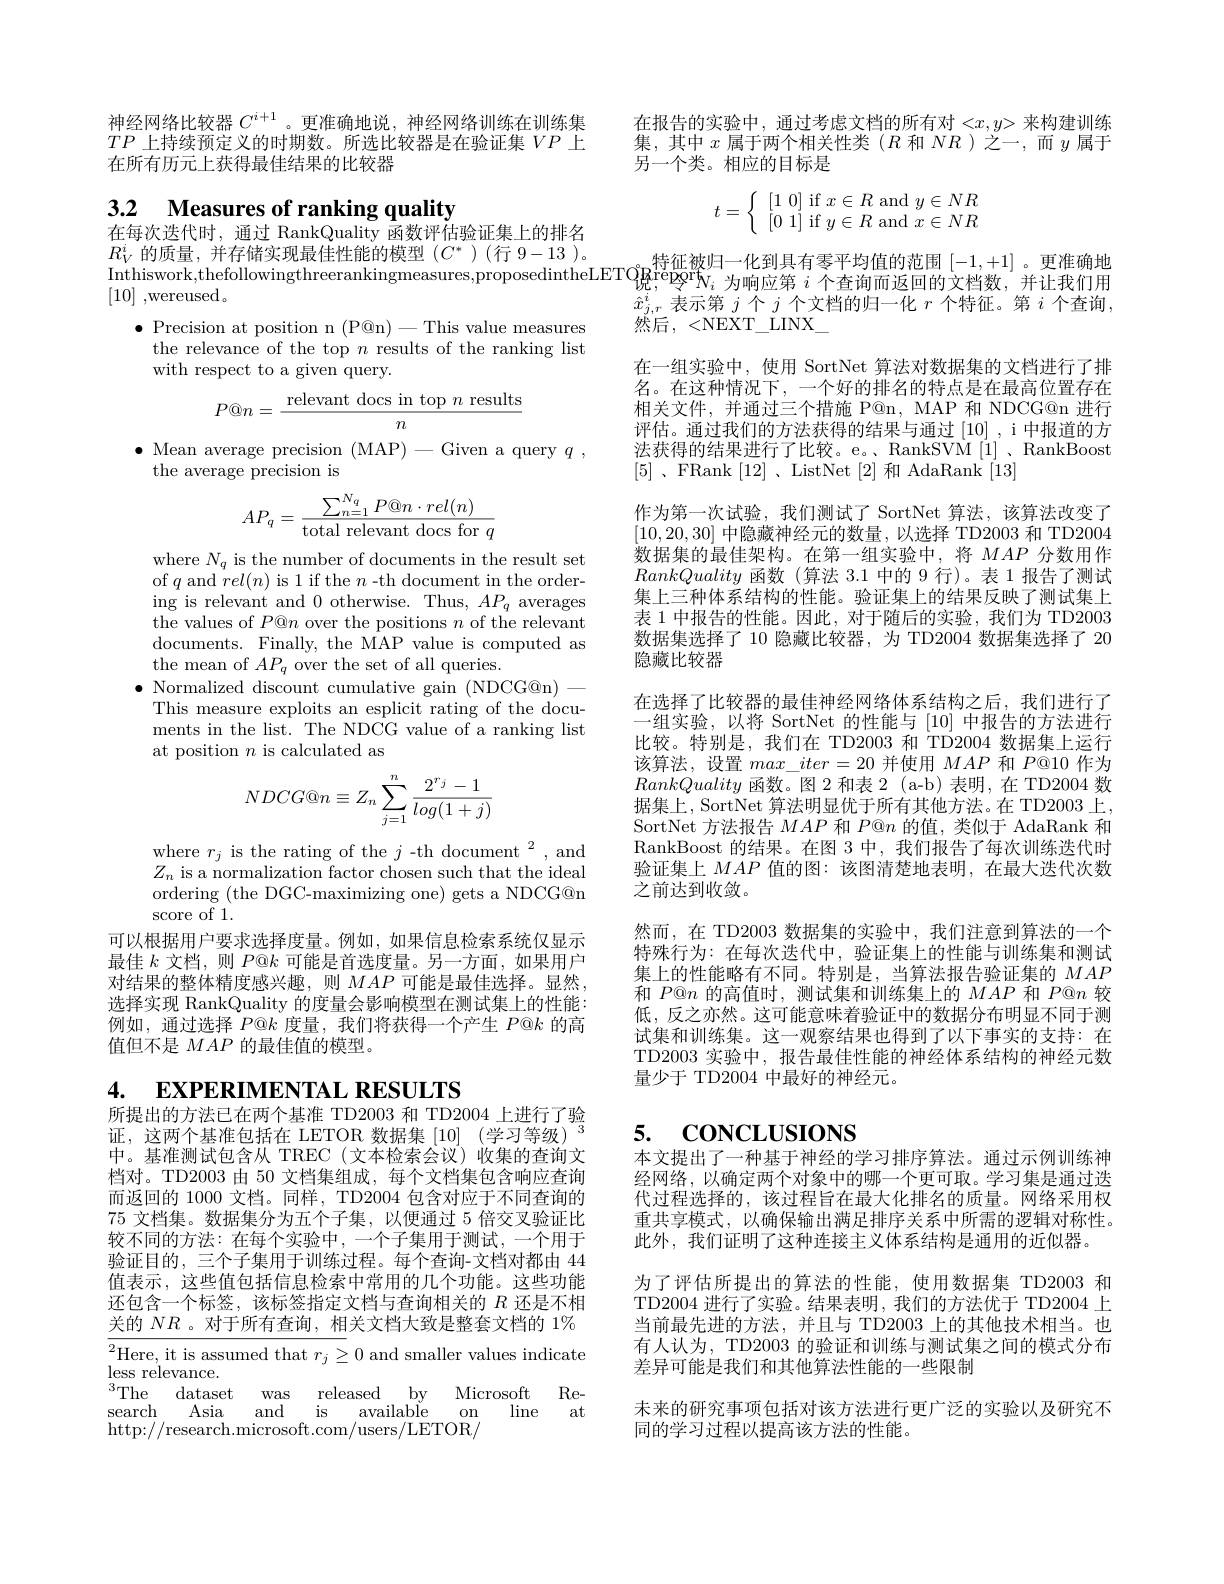
神经网络比较器$C^{i+1}$ 。更准确地说，神经网络训练在训练集$TP$上持续预定义的时期数。所选比较器是在验证集$VP$上在所有历元上获得最佳结果的比较器

3.2 Measures of ranking quality

在每次迭代时，通过 RankQuality 函数评估验证集上的排名

$\bullet$ Precision at position n (P@n)-This value measures
the relevance of the top $n$ results of the ranking list
with respect to a given query.

$P@n=\frac{\text{relevant docs in top }n\text{ results}}{-\text{s}}$

$n$

$\bullet$ Mean average precision (MAP)-Given a query $q$,
the average precision is
$$AP_q=\frac{\sum_{n=1}^{N_q}P@n\cdot rel(n)}{\text{total relevant docs for}q}$$
where $N_q$ is the number of documents in the result set of $q$ and $rel(n)$ is 1 if the $n$ -th document in the ordering is relevant and 0 otherwise. Thus, $AP_q$ averages the values of $P@n$ over the positions $n$ of the relevant documents. Finally, the MAP value is computed as the mean of $AP_q$ over the set of all queries.
$\bullet$ Normalized discount cumulative gain (NDCG@n)—
This measure exploits an esplicit rating of the documents in the list. The NDCG value of a ranking list at position $n$ is calculated as
$$NDCG@n\equiv Z_n\sum_{j=1}^n\frac{2^{r_j}-1}{log(1+j)}$$
where $r_j$ is the rating of the $j\text{-th document}^2$,and $Z_n$ is a normalization factor chosen such that the ideal ordering (the DGC-maximizing one) gets a NDCG@n score of 1.
可以根据用户要求选择度量。例如，如果信息检索系统仅显示最佳$k$文档，则$P@k$可能是首选度量。另一方面，如果用户对结果的整体精度感兴趣，则$MAP$可能是最佳选择。显然， 选择实现 RankQuality 的度量会影响模型在测试集上的性能： 例如，通过选择$P@k$度量，我们将获得一个产生$P@k$的高值但不是$MAP$的最佳值的模型。

4. EXPERIMENTAL RESULTS
所提出的方法已在两个基准 TD2003 和 TD2004 上进行了验

证，这两个基准包括在 LETOR 数据集[10](学习等级)$^3$ 中。基准测试包含从 TREC(文本检索会议)收集的查询文档对。TD2003 由 50 文档集组成，每个文档集包含响应查询而返回的 1000 文档。同样，TD2004 包含对应于不同查询的75 文档集。数据集分为五个子集，以便通过 5 倍交叉验证比较不同的方法：在每个实验中，一个子集用于测试，一个用于验证目的，三个子集用于训练过程。每个查询-文档对都由 44值表示，这些值包括信息检索中常用的几个功能。这些功能还包含一个标签，该标签指定文档与查询相关的$R$还是不相关的$NR$ 。对于所有查询，相关文档大致是整套文档的 1%

$\begin{array}{l}{^{2}\text{Here, it is assumed that }r_{j}\geq0\text{ and smaller values indicate}}\\{\mathrm{less~relevance.}}\end{array}$ $^{3}$The dataset was released by Microsoft Research Asia and is available
$\lim$e
at
$0n$
http://research.microsoft.com/users/LETOR/

在报告的实验中，通过考虑文档的所有对$<x,y>$来构建训练集，其中$x$属于两个相关性类($R$和$NR$ )之一，而$y$属于另一个类。相应的目标是
$$t=\left\{\begin{array}{c}[1\:0]\:\text{if}\:x\in R\:\text{and}\:y\in NR\\[0\:1]\:\text{if}\:y\in R\:\text{and}\:x\in NR\end{array}\right.$$
$R_V^i$的质量，并存储实现最佳性能的模型$(C^*)$ (行 9-13)。$\begin{aligned} & \text{( 行 9- 13) 。}\\ & \text{Inthiswork, thefollowingthreerankingmeasures, proposedintheLETO}_{\text{况 , }^{\mathrm{relogrf}}N_i\text{ 为 响 应 第 }i\text{ 个 查 询 而 返 回 的 文 档 数 , 并 让 我 们 用 }\\ }\text{[ 10] , wereused。}\end{aligned} {\hat{x} }^{i}$ 丰 云 笛 $i\sqrt {i}\sqrt {\text{ 文 料 的 旧 一 化 }i}\sqrt {\text{ 个 特 征 }i\text{ 个 本 询 }}$
$\hat{x}_{j,r}^i$表示第$j$个$j$个文档的归一化$r$个特征。第$i$个查询，
然后，<NEXT\_LINX\_
在一组实验中，使用 SortNet 算法对数据集的文档进行了排名。在这种情况下，一个好的排名的特点是在最高位置存在相关文件，并通过三个措施 P@n, MAP 和 NDCG@n 进行评估。通过我们的方法获得的结果与通过[10],i 中报道的方法获得的结果进行了比较。e。、RankSVM[i]、RankBoost [5] , FRank[12] , ListNet[2]和 AdaRank[13]
作为第一次试验，我们测试了 SortNet 算法，该算法改变了[10,20,30]中隐藏神经元的数量，以选择 TD2003 和 TD2004数据集的最佳架构。在第一组实验中，将$MAP$分数用作RankQuality函数(算法 3.1 中的 9 行)。表 1 报告了测试集上三种体系结构的性能。验证集上的结果反映了测试集上表 1 中报告的性能。因此 , 对于随后的实验，我们为 TD2003数据集选择了 10 隐藏比较器，为 TD2004 数据集选择了 20隐藏比较器
在选择了比较器的最佳神经网络体系结构之后，我们进行了一组实验，以将 SortNet 的性能与[10]中报告的方法进行比较。特别是，我们在 TD2003 和 TD2004 数据集上运行该算法，设置$max\_iter=20$并使用$MAP$和$P@10$作为RankQuality函数。图 2 和表 2 (a-b)表明，在 TD2004 数据集上，SortNet 算法明显优于所有其他方法。在 TD2003 上， SortNet 方法报告$MAP$和$P@n$的值，类似于 AdaRank 和RankBoost 的结果。在图 3 中，我们报告了每次训练迭代时验证集上$MAP$值的图：该图清楚地表明，在最大迭代次数之前达到收敛。
然而，在 TD2003 数据集的实验中，我们注意到算法的一个特殊行为：在每次迭代中，验证集上的性能与训练集和测试集上的性能略有不同。特别是，当算法报告验证集的$MAP$ 和$P@n$的高值时，测试集和训练集上的$MAP$和$P@n$较低，反之亦然。这可能意味着验证中的数据分布明显不同于测试集和训练集。这一观察结果也得到了以下事实的支持：在TD2003 实验中，报告最佳性能的神经体系结构的神经元数量少于 TD2004 中最好的神经元。

## 5. $\mathbf{CONCLUSIONS}$

本文提出了一种基于神经的学习排序算法。通过示例训练神经网络，以确定两个对象中的哪一个更可取。学习集是通过迭代过程选择的，该过程旨在最大化排名的质量。网络采用权重共享模式，以确保输出满足排序关系中所需的逻辑对称性。此外，我们证明了这种连接主义体系结构是通用的近似器。

为了评估所提出的算法的性能，使用数据集 TD2003 和TD2004 进行了实验。结果表明，我们的方法优于 TD2004 上当前最先进的方法，并且与 TD2003 上的其他技术相当。也有人认为，TD2003 的验证和训练与测试集之间的模式分布差异可能是我们和其他算法性能的一些限制
未来的研究事项包括对该方法进行更广泛的实验以及研究不
同的学习过程以提高该方法的性能。